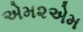
એમ૨એમ